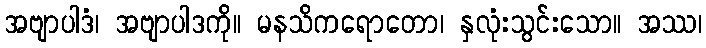
အဗျာပါဒံ၊ အဗျာပါဒကို။ မနသိကရောတော၊ နှလုံးသွင်းသော။ အဿ၊